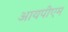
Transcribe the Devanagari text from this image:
आयपीएम